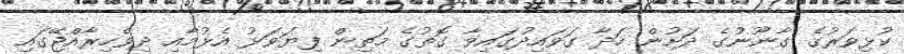
ކުޅިވަރުގެ ގާނޫނުގެ ދަށުން ހަދާ ގަވައިދުގައިވާ ގޮތުގެ މަތިން ފިޔަވަޅު އެޅުމާއި ދިވެހިރާއްޖޭގައި